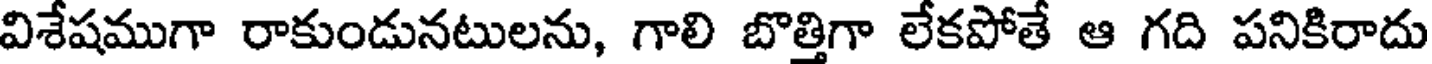
విశేషముగా రాకుండునటులను, గాలి బొత్తిగా లేకపోతే ఆ గది పనికిరాదు